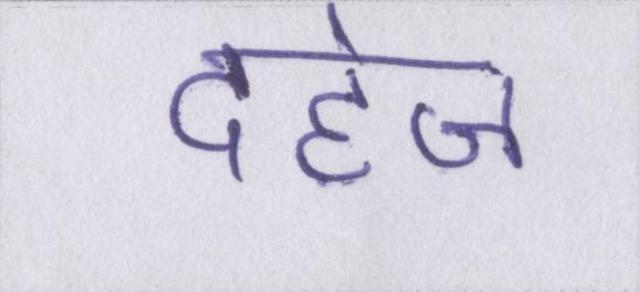
दहेज